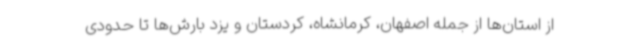
از استان‌ها از جمله اصفهان، کرمانشاه، کردستان و یزد بارش‌ها تا حدودی